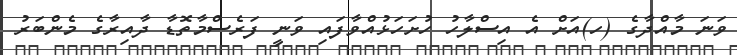
ވަނަ މާއްދާގެ (ހ)އަށް އެ އިސްލާހު ހުށަހަޅުއްވާފައި ވަނީ ފަރެސްމާތޮޑާ ދާއިރާގެ މެންބަރު